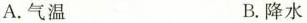
A.气温 B.降水